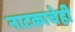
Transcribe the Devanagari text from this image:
नाटकाचेही